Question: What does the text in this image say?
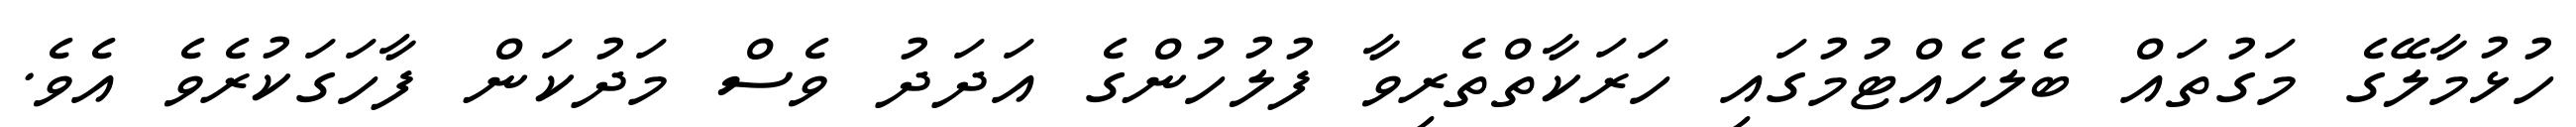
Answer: ހުޅުމާލޭގެ މަގުތައް ބެލެހެއްޓުމުގައި ހަރަކާތްތެރިވާ ފުލުހުންގެ އަދަދު ވެސް މަދުކަން ފާހަގަކުރެވެ އެވެ.